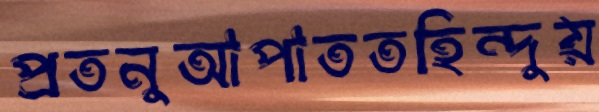
প্রতনুআপাততহিন্দুয়